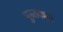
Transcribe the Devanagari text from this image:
पुस्तकानं